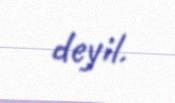
deyil.